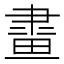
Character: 𤲯